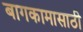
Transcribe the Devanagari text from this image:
बागकामासाठी